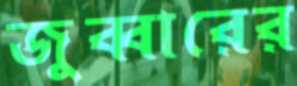
জুব্বারের